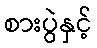
စားပွဲနှင့်